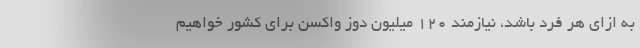
به ازای هر فرد باشد، نیازمند ۱۲۰ میلیون دوز واکسن برای کشور خواهیم